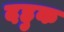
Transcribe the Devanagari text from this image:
दहुक